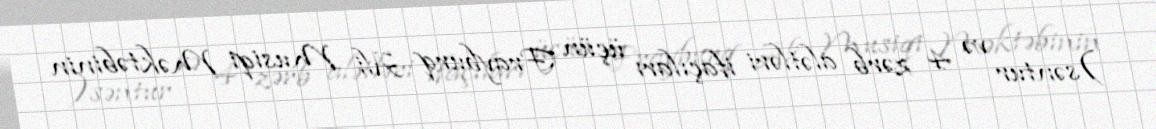
)səntur və 4 zərb alətləri ifaçıları üçün Frayburq Ali Musiqi Məktəbinin